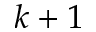
k + 1